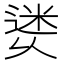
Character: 𨕜